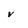
Character: v